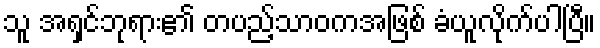
သူ အရှင်ဘုရား၏ တပည့်သာဝကအဖြစ် ခံယူလိုက်ပါပြီ။